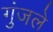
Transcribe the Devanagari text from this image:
गुंजले